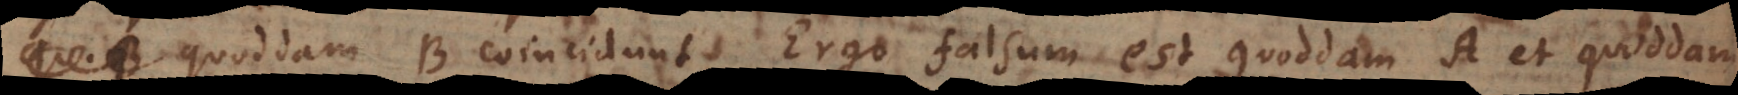
quoddam B coincidunt, Ergo falsum est quoddam A et quoddam